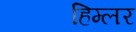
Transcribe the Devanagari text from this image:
हिम्लर